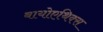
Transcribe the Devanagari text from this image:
बायोएथिक्स